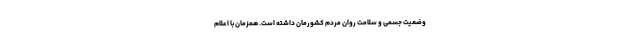
وضعیت جسمی و سلامتِ روان مردم کشورمان داشته است. همزمان با اعلام